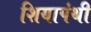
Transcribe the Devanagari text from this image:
शियापंथी